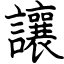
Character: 讓